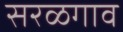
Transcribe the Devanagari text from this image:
सरळगाव